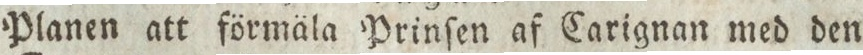
Planen att förmäla Prinſen af Carignan med den